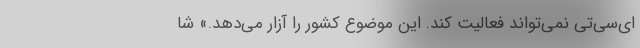
ای‌سی‌تی نمی‌تواند فعالیت کند. این موضوع کشور را آزار می‌دهد.» شا